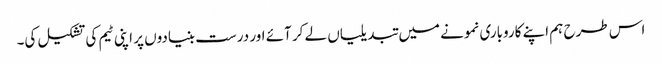
اس طرح ہم اپنے کاروباری نمونے میں تبدیلیاں لے کر آئے اور درست بنیادوں پر اپنی ٹیم کی تشکیل کی۔